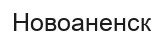
Новоаненск